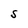
Character: S